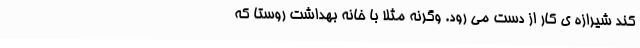
کند شیرازه ی کار از دست می رود. وگرنه مثلا با خانه بهداشت روستا که